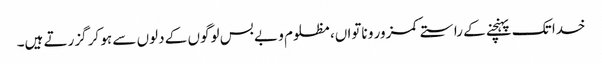
خدا تک پہنچنے کے راستے کمزور و ناتواں، مظلوم و بے بس لوگوں کے دلوں سے ہو کر گزرتے ہیں۔